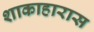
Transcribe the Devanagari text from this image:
शाकाहारास